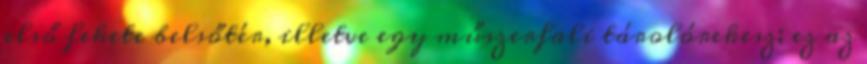
első fekete belsőtér, illetve egy műszerfali tárolórekesz; ez az